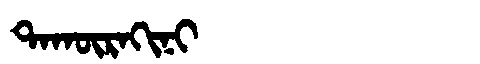
Manchu: ᡨᠠᡴᡡᡵᠠᡴᡳᠨᡳ
Romanization: TAKŪRAKINI